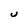
Character: U